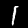
Digit: 1